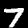
Digit: 7